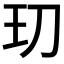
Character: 𭸵